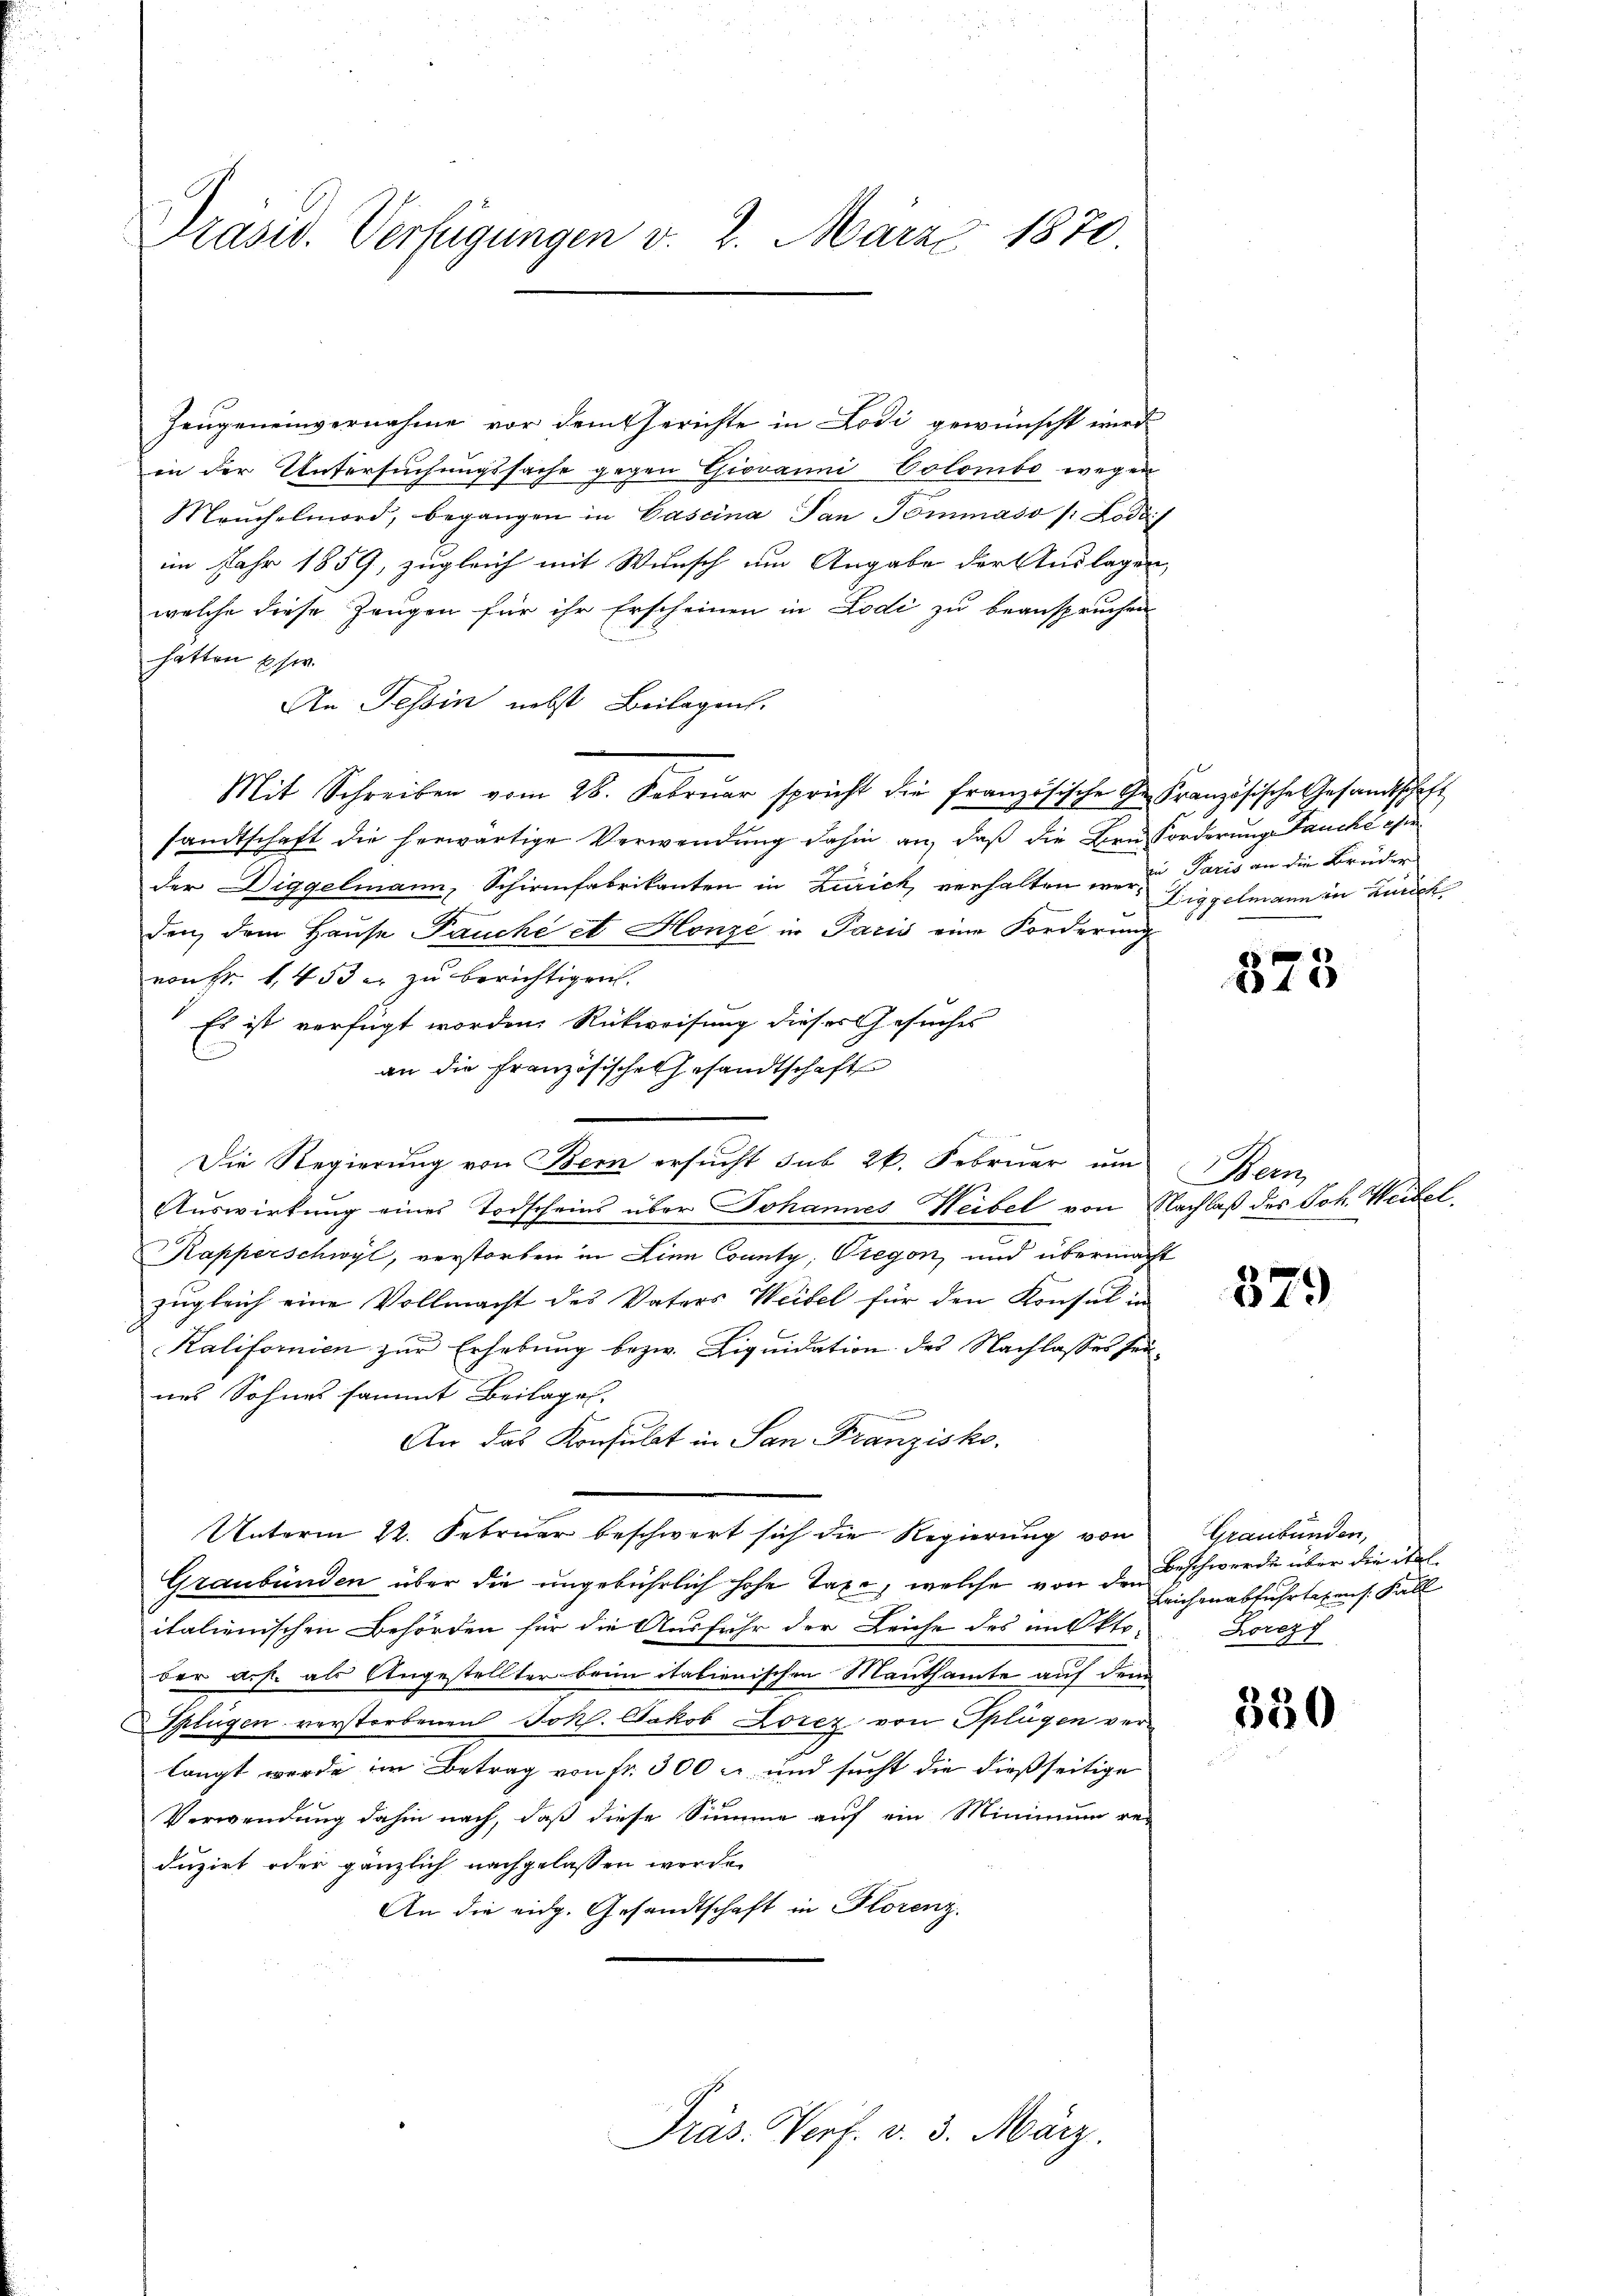
Präsid. Verfügungen v. 2. März 1870

Zeugeneinvernahme vor dem Gerichte in Lodi gewünscht wird.
in der Untersuchungssache gegen Giovanni Colombo wegen
Meuchelmord, begangen in Caseina Pan Tommaso /: Lodif
im Jahr 1859, zugleich mit Wunsch um Angabe der Auslagen,
welche diese Zeugen für ihr Erscheinen in Lodi zu beanspruchen
hätten Eher
An Tessin nebst Beilagen.
Mit Schreiben vom 28. Febrŭar spricht die französische G. Französische Gesandtschaft
sandtschaft die herwärtige Verwendung dahin an, daß die Brusforderunge Jauche ei
der Diggelmann, Schirmfabrikanten in Zürich, verhalten werde. Paris an die Brüder
den, dem Hause Pauche et Honzi in Paris eine Forderung
non fr. 1453 u. zu berichtigen.
Es ist verfügt worden, Rückweisung dieses Gesuches
C
an die Französisches Gesandtschaft
Die Regierung von Bern ersucht sub 26. Februar um
Auswirkung eines Todscheins über Johannes Weibel von Nachlaß des Joh. Weibel
Kapperschwyl, verstorben in Linn County, Gegen, und übermacht
zŭgleich eine Vollmacht des Vaters Weibel für den Konsul in
Kalifornien zur Erhebung bezw. Liquidation des Nachlasses seines Sohnes sammt Beilages,
An das Konsulat in San Franzisko
e
Unterm 22. Februar beschwert sich die Regierŭng von Graubünden,
Graubünden über die ungebührlich hohe Taxe, welche von den
italienischen Behörden für die Ausfuhr der Leiche des im Okto Lorez
der a.h. als Angestellter beim italienischen Mauthamte auf dem
Splügen verstorbenen Joh. Jakob Lorez von Splügen verlangt werde im Betrag von Fr. 300 u. und sucht die dießseitige
Verwendung dahin nach, daß diese Summe auf ein Minimum re-
duzirt oder gänzlich nachgelassen werde.
An die eidg. Gesandtschaft in Florenz.

Präs. Verf. v. 3. März.

Diggelmann in Zürich

873

Hein

379

Beschwerde über die Stel
Leichen abfuhrtaxens. Fall

550